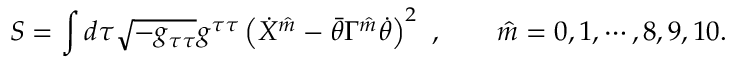
S = \int d \tau \sqrt { - g _ { \tau \tau } } g ^ { \tau \tau } \left( \dot { X } ^ { \hat { m } } - \bar { \theta } \Gamma ^ { \hat { m } } \dot { \theta } \right) ^ { 2 } \ , \qquad \hat { m } = 0 , 1 , \cdots , 8 , 9 , 1 0 .